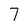
Character: 7